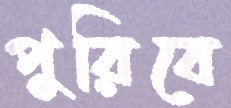
পুরিবে